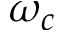
\omega _ { c }